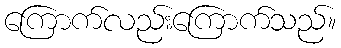
ကြောက်လည်းကြောက်သည်။